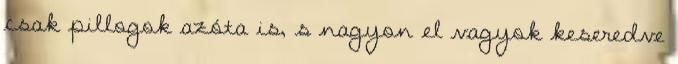
csak pillogok azóta is, s nagyon el vagyok keseredve